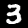
Label: 3